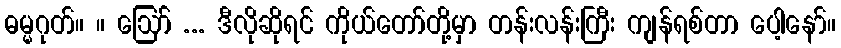
ဓမ္မဂုတ်။ ။ ဪ ... ဒီလိုဆိုရင် ကိုယ်တော်တို့မှာ တန်းလန်းကြီး ကျန်ရစ်တာ ပေါ့နော်။